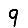
Digit: 9